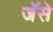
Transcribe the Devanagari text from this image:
जॅसे